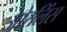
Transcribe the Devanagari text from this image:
ओरलिंस